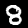
Label: 8